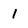
Character: 1